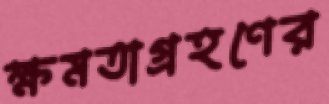
ক্ষমতাগ্রহণের